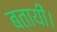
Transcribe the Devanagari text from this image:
बतायीं।